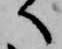
へ